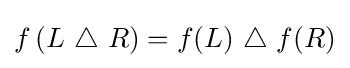
f\left(L~\triangle ~R\right)=f(L)~\triangle ~f(R)